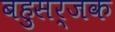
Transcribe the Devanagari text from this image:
बहुसर्जक